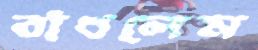
বাঁধলেম